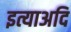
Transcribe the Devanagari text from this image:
इत्याअदि